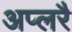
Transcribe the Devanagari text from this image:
अप्लरै